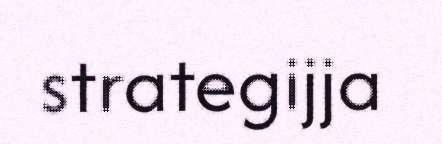
strategijja